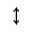
\updownarrow